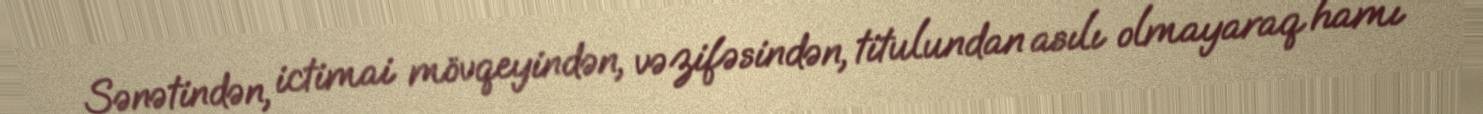
Sənətindən, ictimai mövqeyindən, vəzifəsindən, titulundan asılı olmayaraq hamı